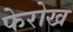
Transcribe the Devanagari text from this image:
फेरोख